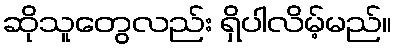
ဆိုသူတွေလည်း ရှိပါလိမ့်မည်။